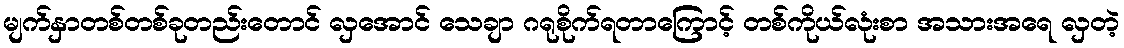
မျက်နှာတစ်တစ်ခုတည်းတောင် လှအောင် သေချာ ဂရုစိုက်ရတာကြောင့် တစ်ကိုယ်လုံးစာ အသားအရေ လှတဲ့